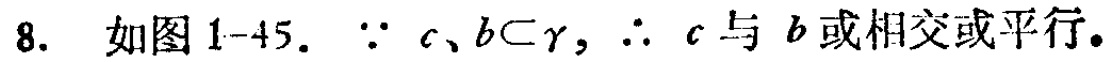
8. 如图1-45. $\because c,b\subset \gamma,\therefore c$ 与 $b$ 或相交或平行。